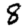
Digit: 8